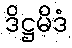
ဒိဋ္ဌမိဒံ